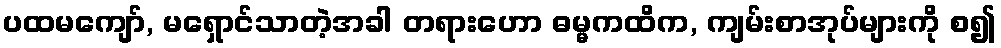
ပထမကျော်, မရှောင်သာတဲ့အခါ တရားဟော ဓမ္မကထိက, ကျမ်းစာအုပ်များကို စ၍